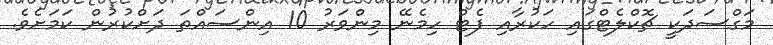
މަގްސަދަކީ ޗޮކްލެޓްގައި ހަކުރާއި ފެޓް ހިމެނޭ މިންވަރު 10 އިންސައްތަ ދަށްކުރުން ކަމަށެވެ.